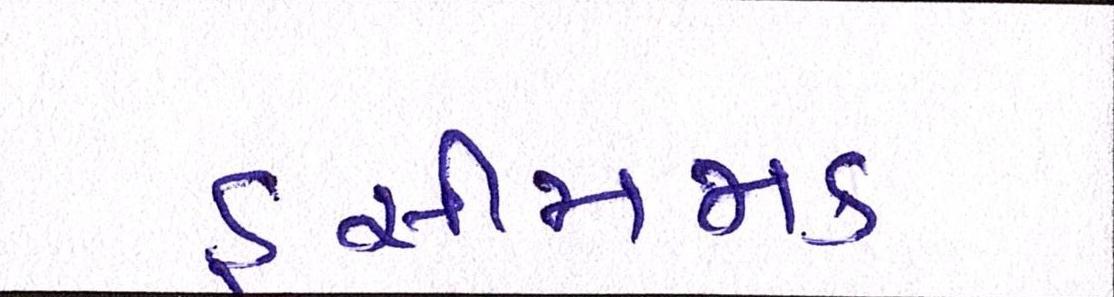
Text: હસીમજાક